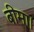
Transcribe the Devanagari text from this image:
बीमा।